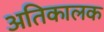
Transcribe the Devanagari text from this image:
अतिकालक